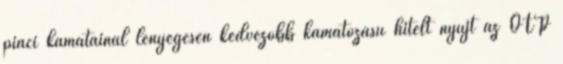
piaci kamatainál lényegesen kedvezőbb kamatozású hitelt nyújt az OTP